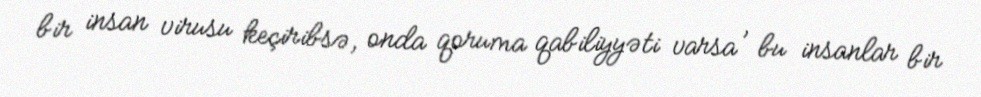
bir insan virusu keçiribsə, onda qoruma qabiliyyəti varsa , bu insanlar bir